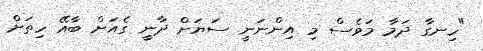
"ހިނގާ ދަމާ މަވެސް މި އިންނަނީ ސަޔަށް ދާނީ ގެއަށް ބާއޭ ހިތަށް